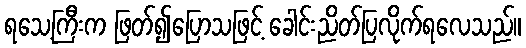
ရသေ့ကြီးက ဖြတ်၍ပြောသဖြင့် ခေါင်းညိတ်ပြလိုက်ရလေသည်။